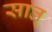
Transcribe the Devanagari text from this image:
सात्